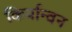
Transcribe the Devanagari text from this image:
किर्यान्वन